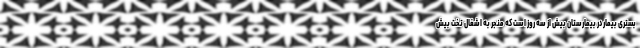
بستری بیمار در بیمارستان بیش از سه روز است که منجر به اشغال تخت بیش